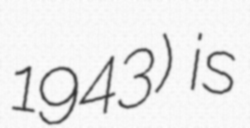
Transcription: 1943) is